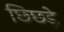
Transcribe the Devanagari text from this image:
छिछड़े